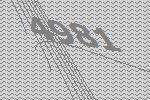
4981